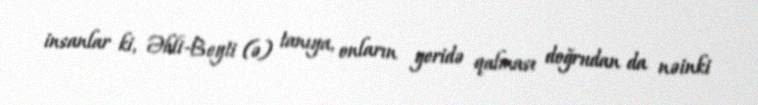
insanlar ki, Əhli-Beyti (ə) tanıya, onların geridə qalması doğrudan da nəinki